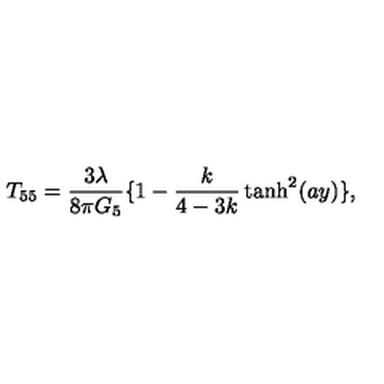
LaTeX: T _ { 5 5 } = \frac { 3 \lambda } { 8 \pi G _ { 5 } } \{ 1 - \frac { k } { 4 - 3 k } \tanh ^ { 2 } ( a y ) \} ,